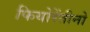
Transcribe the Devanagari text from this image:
फियोरेंतीनो